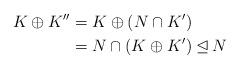
LaTeX: \begin{align*}K\oplus K''&=K\oplus(N\cap K')\\ &=N\cap(K\oplus K')\unlhd N \end{align*}